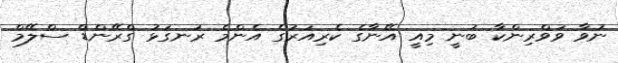
ނުވާ ވަވްރިންކާ ބުނީ މިއީ އޭނާގެ ކެރިއަރުގެ އެންމެ ރަނގަޅު ގްރޭންޑް ސްލޭމް